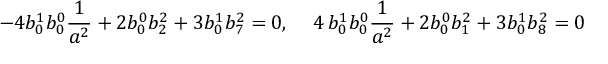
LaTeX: - 4 b _ { 0 } ^ { 1 } b _ { 0 } ^ { 0 } { \frac 1 { a ^ { 2 } } } + 2 b _ { 0 } ^ { 0 } b _ { 2 } ^ { 2 } + 3 b _ { 0 } ^ { 1 } b _ { 7 } ^ { 2 } = 0 , \, \, \, \, \, \, \, 4 \, b _ { 0 } ^ { 1 } b _ { 0 } ^ { 0 } { \frac 1 { a ^ { 2 } } } + 2 b _ { 0 } ^ { 0 } b _ { 1 } ^ { 2 } + 3 b _ { 0 } ^ { 1 } b _ { 8 } ^ { 2 } = 0